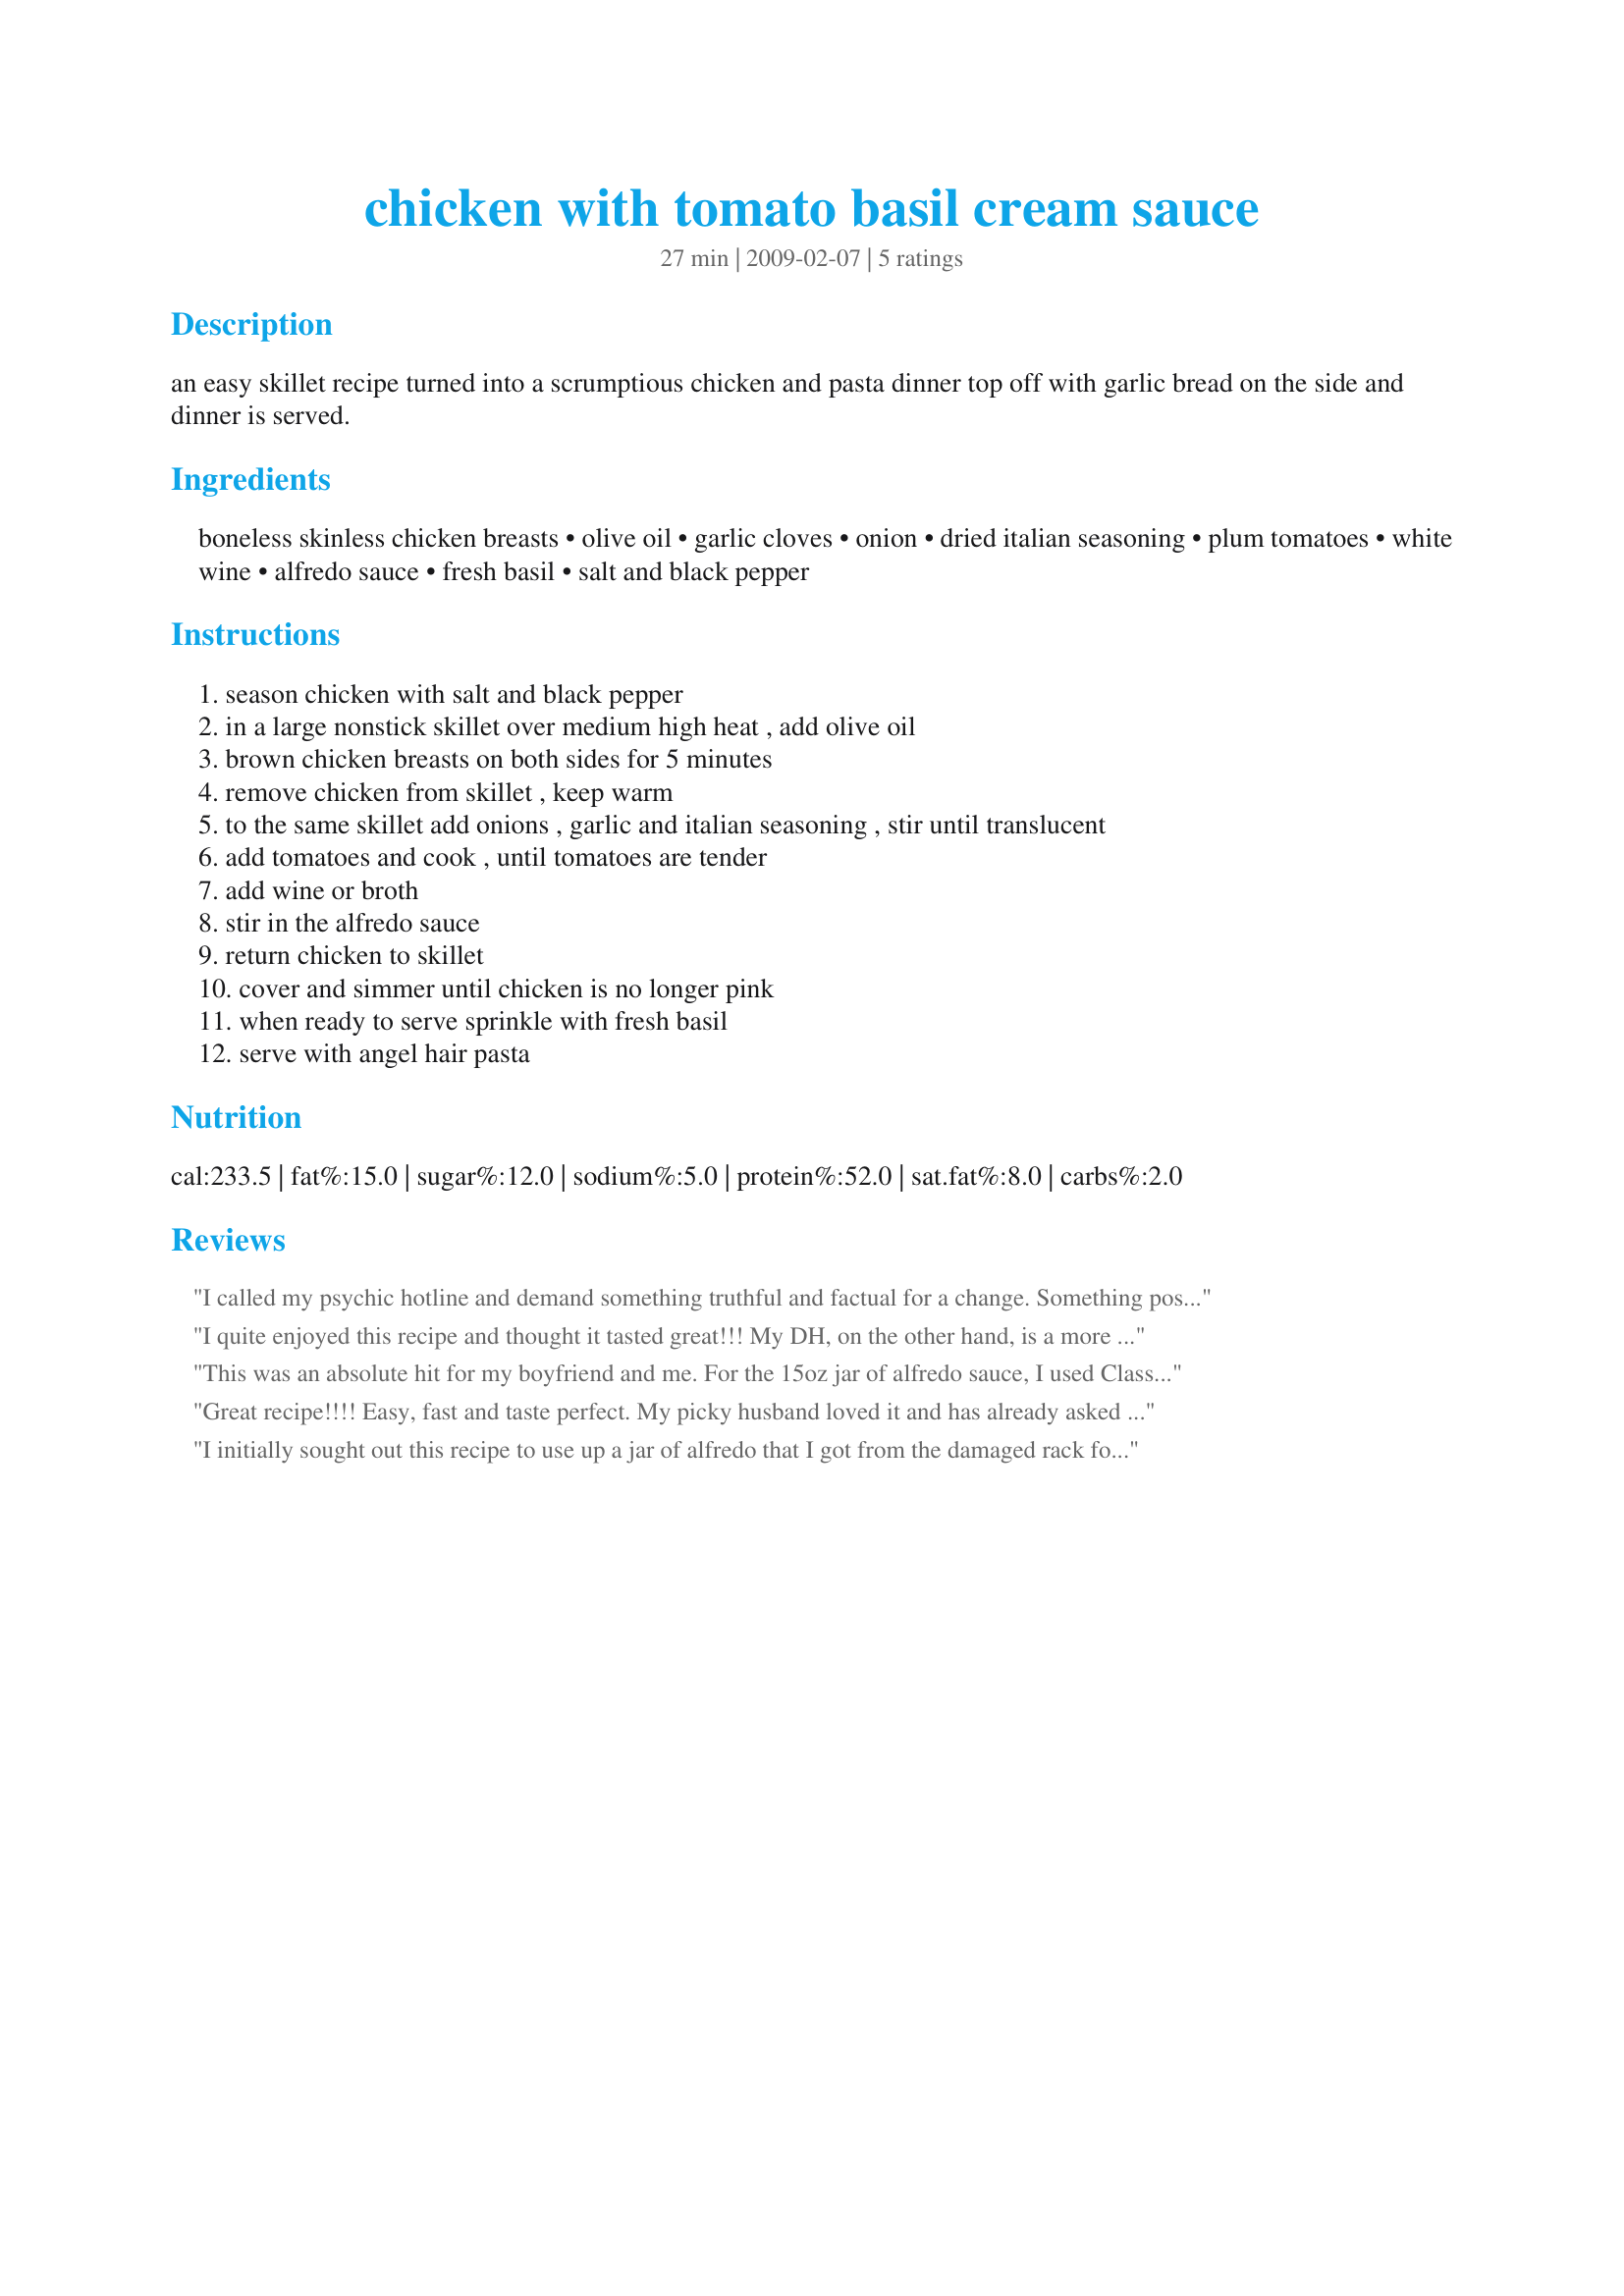
chicken with tomato basil cream sauce
Preparation time: 27 minutes

an easy skillet recipe turned into a scrumptious chicken and pasta dinner
top off with garlic bread on the side and dinner is served.

Ingredients:
boneless skinless chicken breasts, olive oil, garlic cloves, onion, dried italian seasoning, plum tomatoes, white wine, alfredo sauce, fresh basil, salt and black pepper

Steps:
season chicken with salt and black pepper
in a large nonstick skillet over medium high heat , add olive oil
brown chicken breasts on both sides for 5 minutes
remove chicken from skillet , keep warm
to the same skillet add onions , garlic and italian seasoning , stir until translucent
add tomatoes and cook , until tomatoes are tender
add wine or broth
stir in the alfredo sauce
return chicken to skillet
cover and simmer until chicken is no longer pink
when ready to serve sprinkle with fresh basil
serve with angel hair pasta

Reviews:
I called my psychic hotline and demand something truthful and factual for a change. Something positive and good that I really could believe. Well, she swore by this recipe. Finally a truff! Made for Everyday Is a Holiday.
I quite enjoyed this recipe and thought it tasted great!!! My DH, on the other hand, is a more of a "tomato and beef" type of guy when it comes to pasta, so it was just OK for him. I used Marilyn's Recipe #10082 for the sauce and this worked out really well. I initially though that with the alfredo sauce that this recipe was going to be heavy tasting in sauce and it wasn't. I used Margaret's Recipe #30358, then added some of the sauce to the noodles and mixed well. I placed the chicken over top and added a bit of the sauce, so that it was not swimming in sauce. I though the basil was an excellent finish as it really brought out a nice clean taste! I had all the ingredients ready to cook while the pasta was cooking, so this sauce was brought together quite easily! I would do this one again! Thanks for sharing!
This was an absolute hit for my boyfriend and me. For the 15oz jar of alfredo sauce, I used Classico's sun dried tomato & basil alfredo sauce. Mmmm! The only thing is, I wish I had used shrimp instead of chicken. It is the perrrrfecft alfredo sauce for shrimp! The egg fettucini noodles were perfect and only took 3 minutes to be ready. Enjoy this soon!
Great recipe!!!! Easy, fast and taste perfect. My picky husband loved it and has already asked for it again. So this one is a keeper.
Thanks for a great recipe!!!!
I initially sought out this recipe to use up a jar of alfredo that I got from the damaged rack for $.90. I thought it would be a "throwaway" recipe since I usually don't buy anything like that. Wrong! Everyone loved this and absolutely devoured it (except my son, who is overly picky and doesn't count). I brined the chicken first. Although I would like to have used wine, I used chicken broth because I had no white wine in the house. And I did not finish with the fresh basil. Since I didn't serve pasta with it, I poured the sauce over our broccoli also, which worked out well. I will definitely make this again (although I will probably seek out an alfredo recipe on here rather than buying another jar).
